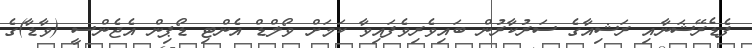
ފެޑެރޭޝަނާއި ރަޝިއާގެ ސަރުކާރުން ބައިވެރިވެފައިވާ ކަމަށް ވޯލްޑް އެންޓި ޑޯޕިން އެޖެންސީ (ވާޑާ)ގެ